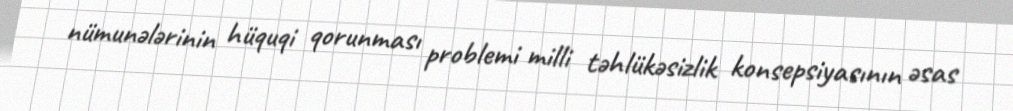
nümunələrinin hüquqi qorunması problemi milli təhlükəsizlik konsepsiyasının əsas